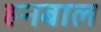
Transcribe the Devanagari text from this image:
हनबाल